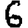
Digit: 6